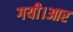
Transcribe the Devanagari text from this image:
गयी।आर